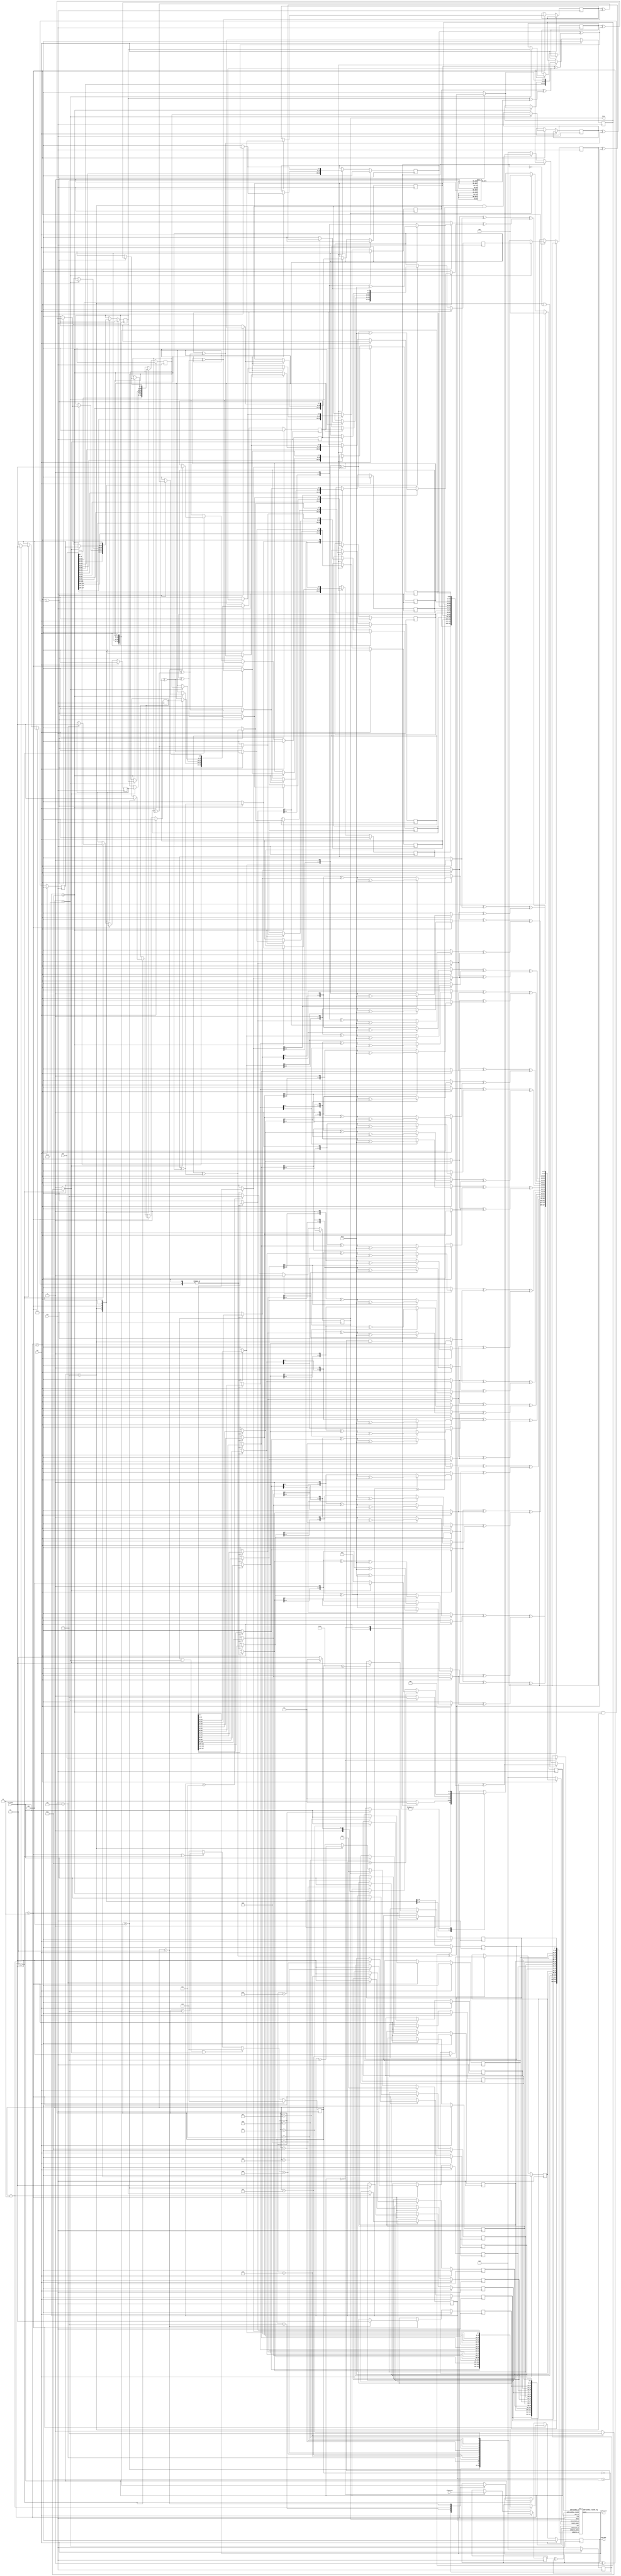
module aes_v2(
  input           clk,
  input           rst,
  input  [127:0]  plaintext,
  input  [127:0]  key,
  input  [7:0]    rom_data,
  output [7:0]    rom_addr,
  output [127:0]  ciphertext,
  output          done
);

  // define
  wire [7:0]   w1; 
  wire [7:0]   w2; 
  wire [7:0]   w3; 
  wire [7:0]   w4; 
  wire [7:0]   w5; 
  wire [7:0]   w6; 
  wire [7:0]   w7; 
  wire [7:0]   w8; 
  wire [7:0]   w9; 
  wire [7:0]   w10; 
  wire [7:0]   w11; 
  wire [7:0]   w12; 
  wire [7:0]   w13; 
  wire [7:0]   w14; 
  wire [7:0]   w15;
  wire [7:0]   w16; 
  wire [7:0]   w17; 
  wire [7:0]   w18; 
  wire [7:0]   w19; 
  wire [7:0]   w20; 
  wire [7:0]   w21; 
  wire [7:0]   w22; 
  wire [7:0]   w23; 
  wire [7:0]   w24; 
  wire [7:0]   w25; 
  wire [7:0]   w26; 
  wire [7:0]   w27; 
  wire [7:0]   w28; 
  wire [7:0]   w29; 
  wire [7:0]   w30; 
  wire [7:0]   w31;
  wire [7:0]   w32; 
  wire [7:0]   w33; 
  wire [7:0]   w34; 
  wire [7:0]   w35; 
  wire [7:0]   w36; 
  wire [7:0]   w37; 
  wire [7:0]   w38; 
  wire [7:0]   w39; 
  wire [7:0]   w40; 
  wire [7:0]   w41; 
  wire [7:0]   w42; 
  wire [7:0]   w43; 
  wire [7:0]   w44; 
  wire [7:0]   w45; 
  wire [7:0]   w46; 
  wire [7:0]   w47;
  wire [7:0]   w48; 
  wire [7:0]   w49; 
  wire [7:0]   w50; 
  wire [7:0]   w51; 
  wire [7:0]   w52; 
  wire [7:0]   w53; 
  wire [7:0]   w54; 
  wire [7:0]   w55; 
  wire [7:0]   w56; 
  wire [7:0]   w57; 
  wire [7:0]   w58; 
  wire [7:0]   w59; 
  wire [7:0]   w60; 
  wire [7:0]   w61; 
  wire [7:0]   w62; 
  wire [7:0]   w63;
  wire [7:0]   w64;
  reg  [7:0]   pixel1; 
  reg  [7:0]   pixel2; 
  reg  [7:0]   pixel3; 
  reg  [7:0]   pixel4; 
  reg  [7:0]   pixel5; 
  reg  [7:0]   pixel6; 
  reg  [7:0]   pixel7; 
  reg  [7:0]   pixel8; 
  reg  [7:0]   pixel9; 
  reg  [7:0]   pixel10; 
  reg  [7:0]   pixel11; 
  reg  [7:0]   pixel12; 
  reg  [7:0]   pixel13; 
  reg  [7:0]   pixel14; 
  reg  [7:0]   pixel15; 
  reg  [7:0]   pixel16;
  reg  [7:0]   pixel1_reg; 
  reg  [7:0]   pixel2_reg; 
  reg  [7:0]   pixel3_reg; 
  reg  [7:0]   pixel4_reg; 
  reg  [7:0]   pixel5_reg; 
  reg  [7:0]   pixel6_reg; 
  reg  [7:0]   pixel7_reg; 
  reg  [7:0]   pixel8_reg; 
  reg  [7:0]   pixel9_reg; 
  reg  [7:0]   pixel10_reg; 
  reg  [7:0]   pixel11_reg; 
  reg  [7:0]   pixel12_reg; 
  reg  [7:0]   pixel13_reg; 
  reg  [7:0]   pixel14_reg; 
  reg  [7:0]   pixel15_reg; 
  reg  [7:0]   pixel16_reg;
  reg  [7:0]   key_pixel1; 
  reg  [7:0]   key_pixel2; 
  reg  [7:0]   key_pixel3; 
  reg  [7:0]   key_pixel4; 
  reg  [7:0]   key_pixel5; 
  reg  [7:0]   key_pixel6; 
  reg  [7:0]   key_pixel7; 
  reg  [7:0]   key_pixel8; 
  reg  [7:0]   key_pixel9; 
  reg  [7:0]   key_pixel10; 
  reg  [7:0]   key_pixel11; 
  reg  [7:0]   key_pixel12; 
  reg  [7:0]   key_pixel13; 
  reg  [7:0]   key_pixel14; 
  reg  [7:0]   key_pixel15; 
  reg  [7:0]   key_pixel16;
  reg  [7:0]   key_pixel13_xor_constant;
  reg  [7:0]   next_key_pixel1;
  reg  [7:0]   next_key_pixel2;
  reg  [7:0]   next_key_pixel3;
  reg  [7:0]   next_key_pixel4;
  reg  [7:0]   next_key_pixel5;
  reg  [7:0]   next_key_pixel6;
  reg  [7:0]   next_key_pixel7;
  reg  [7:0]   next_key_pixel8;
  reg  [7:0]   next_key_pixel9;
  reg  [7:0]   next_key_pixel10;
  reg  [7:0]   next_key_pixel11;
  reg  [7:0]   next_key_pixel12;
  reg  [7:0]   next_key_pixel13;
  reg  [7:0]   next_key_pixel14;
  reg  [7:0]   next_key_pixel15;
  reg  [7:0]   next_key_pixel16;
  reg  [7:0]   mix_pixel1; 
  reg  [7:0]   mix_pixel2; 
  reg  [7:0]   mix_pixel3; 
  reg  [7:0]   mix_pixel4; 
  reg  [7:0]   mix_pixel5; 
  reg  [7:0]   mix_pixel6; 
  reg  [7:0]   mix_pixel7; 
  reg  [7:0]   mix_pixel8; 
  reg  [7:0]   mix_pixel9; 
  reg  [7:0]   mix_pixel10; 
  reg  [7:0]   mix_pixel11; 
  reg  [7:0]   mix_pixel12; 
  reg  [7:0]   mix_pixel13; 
  reg  [7:0]   mix_pixel14; 
  reg  [7:0]   mix_pixel15; 
  reg  [7:0]   mix_pixel16;  
  reg  [3:0]   round_count;
  wire [3:0]   round_count_up;
  reg  [4:0]   rom_count;
  wire [4:0]   rom_count_up;
  reg  [127:0] addroundkey_o;
  wire [127:0] addroundkey_round0;
  wire [127:0] addroundkey_round0_o;
  wire [127:0] addroundkey_round0_reg_w;
  wire [127:0] subbytes_o;
  wire [127:0] shiftrows_o;
  reg  [127:0] mixcolumns_o;
  reg  [127:0] plaintext_reg;
  reg  [127:0] key_reg;
  reg  [2:0]   aes_cs;
  reg  [2:0]   aes_ns;
  wire [127:0] state;
  reg  [7:0]   constant;
  reg          done_reg;
  reg  [7:0]   rom_addr_reg;
  reg  [7:0]   key_pixel13_reg;
  reg  [7:0]   key_pixel14_reg;
  reg  [7:0]   key_pixel15_reg;
  reg  [7:0]   key_pixel16_reg;
  reg  [7:0]   key_pixel13_before_rot;
  reg  [7:0]   key_pixel14_before_rot;
  reg  [7:0]   key_pixel15_before_rot;
  reg  [7:0]   key_pixel16_before_rot;
  wire         subbytes_done;
  wire         subword_done;
  wire         round_lt_ten;
  wire         round_gt_or_et_ten;
  wire         final_round;
  //

  // aes state
  parameter INITIAL     = 3'd0;
  parameter ADDROUNDKEY = 3'd1;
  parameter SUBBYTES    = 3'd2; // ROTWORD
  parameter SHIFTROWS   = 3'd3; // SUBWORD 
  parameter MIXCOLUMNS  = 3'd4; // RCON
  //

  // logic
  assign addroundkey_round0 = plaintext_reg^key_reg;
  assign done = done_reg;
  assign rom_addr = rom_addr_reg;
  assign ciphertext = state;
  assign round_count_up = round_count+4'd1;
  assign round_lt_ten = (round_count<4'd10);
  assign round_gt_or_et_ten = (round_count>=4'd10);
  assign final_round = (round_count==4'd10&&aes_cs==ADDROUNDKEY);
  assign rom_count_up = rom_count+5'd1;
  assign subbytes_done = (rom_count==5'd18);
  assign subword_done = (aes_cs==SHIFTROWS)?((rom_count==5'd6)?1'b1:1'b0):1'b0;
  assign subbytes_o = {pixel1_reg,pixel2_reg,pixel3_reg,pixel4_reg,pixel5_reg,pixel6_reg,pixel7_reg,pixel8_reg,pixel9_reg,pixel10_reg,pixel11_reg,pixel12_reg,pixel13_reg,pixel14_reg,pixel15_reg,pixel16_reg};
  assign shiftrows_o = {pixel1_reg,pixel6_reg,pixel11_reg,pixel16_reg,pixel5_reg,pixel10_reg,pixel15_reg,pixel4_reg,pixel9_reg,pixel14_reg,pixel3_reg,pixel8_reg,pixel13_reg,pixel2_reg,pixel7_reg,pixel12_reg};
  //


  // aes state transition
  always @(posedge clk) begin
    if (rst) begin
      aes_cs <= INITIAL;
    end else if (done) begin
      aes_cs <= INITIAL;
    end else aes_cs <= aes_ns;
  end

  always @(*) begin
    aes_ns = aes_cs;
      case (aes_cs)
        INITIAL:
          begin
            aes_ns = ADDROUNDKEY;
          end
        ADDROUNDKEY: 
          begin
            if (final_round) begin
              aes_ns = ADDROUNDKEY;
            end else aes_ns = SUBBYTES;
          end
        SUBBYTES: // ROTWORD
          begin
            if (subbytes_done) begin
              aes_ns = SHIFTROWS;
            end else aes_ns = SUBBYTES;
          end
        SHIFTROWS: // SUBWORD
          begin
            if (round_lt_ten) begin
              if (subword_done) begin
                aes_ns = MIXCOLUMNS;
              end else aes_ns = SHIFTROWS;
            end else if (round_gt_or_et_ten) begin
              if (subword_done) begin
                aes_ns = ADDROUNDKEY;
              end else aes_ns = SHIFTROWS;
            end
          end
        MIXCOLUMNS: // RCON
          begin
            aes_ns = ADDROUNDKEY;
          end
      endcase
  end
  //

  // initial value
  always @(negedge clk) begin
    if (rst) begin
      plaintext_reg <= 0;
      key_reg <= 0;
    end else if (aes_cs==INITIAL) begin
      plaintext_reg <= plaintext;
      key_reg <= key;
    end
  end
  //

  // buffer
  genvar i;
  generate for (i=0 ; i<128 ; i=i+1) begin :buffer
    buf buf0(addroundkey_round0_o[i], addroundkey_round0[i]);
  end
  endgenerate
  //

  // keyexpansion
  always @(posedge clk) begin
    if (rst) begin
      key_pixel1  <= 0;
      key_pixel2  <= 0;
      key_pixel3  <= 0;
      key_pixel4  <= 0;
      key_pixel5  <= 0;
      key_pixel6  <= 0;
      key_pixel7  <= 0;
      key_pixel8  <= 0;
      key_pixel9  <= 0;
      key_pixel10 <= 0;
      key_pixel11 <= 0;
      key_pixel12 <= 0;
      key_pixel13 <= 0;
      key_pixel14 <= 0;
      key_pixel15 <= 0;
      key_pixel16 <= 0;
    end else begin  
        case (aes_cs)
          INITIAL:
            begin
              key_pixel1  <= key[127:120];
              key_pixel2  <= key[119:112];
              key_pixel3  <= key[111:104];
              key_pixel4  <= key[103:96];
              key_pixel5  <= key[95:88];
              key_pixel6  <= key[87:80];
              key_pixel7  <= key[79:72];
              key_pixel8  <= key[71:64];
              key_pixel9  <= key[63:56];
              key_pixel10 <= key[55:48];
              key_pixel11 <= key[47:40];
              key_pixel12 <= key[39:32];
              key_pixel13 <= key[31:24];
              key_pixel14 <= key[23:16];
              key_pixel15 <= key[15:8];
              key_pixel16 <= key[7:0];
            end
          ADDROUNDKEY: 
            begin
              if (round_gt_or_et_ten) begin
                key_pixel1  <= next_key_pixel1;
                key_pixel2  <= next_key_pixel2;
                key_pixel3  <= next_key_pixel3;
                key_pixel4  <= next_key_pixel4;
                key_pixel5  <= next_key_pixel5;
                key_pixel6  <= next_key_pixel6;
                key_pixel7  <= next_key_pixel7;
                key_pixel8  <= next_key_pixel8;
                key_pixel9  <= next_key_pixel9;
                key_pixel10 <= next_key_pixel10;
                key_pixel11 <= next_key_pixel11;
                key_pixel12 <= next_key_pixel12;
                key_pixel13 <= next_key_pixel13;
                key_pixel14 <= next_key_pixel14;
                key_pixel15 <= next_key_pixel15;
                key_pixel16 <= next_key_pixel16;
              end
            end
          SUBBYTES: // ROTWORD
            begin
              if (subbytes_done) begin
                key_pixel13            <= key_pixel14;
                key_pixel14            <= key_pixel15;
                key_pixel15            <= key_pixel16;
                key_pixel16            <= key_pixel13;
                key_pixel13_before_rot <= key_pixel13;
                key_pixel14_before_rot <= key_pixel14;
                key_pixel15_before_rot <= key_pixel15;
                key_pixel16_before_rot <= key_pixel16;
              end
            end
          SHIFTROWS: // SUBWORD
            begin
              if (subword_done) begin
                key_pixel13 <= key_pixel13_reg;
                key_pixel14 <= key_pixel14_reg;
                key_pixel15 <= key_pixel15_reg;
                key_pixel16 <= key_pixel16_reg;
              end
            end
          MIXCOLUMNS: // RCON
            begin
              key_pixel1  <= next_key_pixel1;
              key_pixel2  <= next_key_pixel2;
              key_pixel3  <= next_key_pixel3;
              key_pixel4  <= next_key_pixel4;
              key_pixel5  <= next_key_pixel5;
              key_pixel6  <= next_key_pixel6;
              key_pixel7  <= next_key_pixel7;
              key_pixel8  <= next_key_pixel8;
              key_pixel9  <= next_key_pixel9;
              key_pixel10 <= next_key_pixel10;
              key_pixel11 <= next_key_pixel11;
              key_pixel12 <= next_key_pixel12;
              key_pixel13 <= next_key_pixel13;
              key_pixel14 <= next_key_pixel14;
              key_pixel15 <= next_key_pixel15;
              key_pixel16 <= next_key_pixel16;
            end
        endcase
    end
  end
  

  // rcon
  always @(*) begin
    key_pixel13_xor_constant = 0;
    next_key_pixel1  = 0;
    next_key_pixel2  = 0;
    next_key_pixel3  = 0;
    next_key_pixel4  = 0;
    next_key_pixel5  = 0;
    next_key_pixel6  = 0;
    next_key_pixel7  = 0;
    next_key_pixel8  = 0;
    next_key_pixel9  = 0;
    next_key_pixel10 = 0;
    next_key_pixel11 = 0;
    next_key_pixel12 = 0;
    next_key_pixel13 = 0;
    next_key_pixel14 = 0;
    next_key_pixel15 = 0;
    next_key_pixel16 = 0;
      if (aes_cs==MIXCOLUMNS||(round_gt_or_et_ten&&aes_cs==ADDROUNDKEY)) begin
        key_pixel13_xor_constant = key_pixel13 ^ constant;
        next_key_pixel1          = key_pixel1 ^ key_pixel13_xor_constant;
        next_key_pixel2          = key_pixel2 ^ key_pixel14;
        next_key_pixel3          = key_pixel3 ^ key_pixel15;
        next_key_pixel4          = key_pixel4 ^ key_pixel16;
        next_key_pixel5          = key_pixel5 ^ next_key_pixel1;
        next_key_pixel6          = key_pixel6 ^ next_key_pixel2;
        next_key_pixel7          = key_pixel7 ^ next_key_pixel3;
        next_key_pixel8          = key_pixel8 ^ next_key_pixel4;
        next_key_pixel9          = key_pixel9 ^ next_key_pixel5;
        next_key_pixel10         = key_pixel10 ^ next_key_pixel6;
        next_key_pixel11         = key_pixel11 ^ next_key_pixel7;
        next_key_pixel12         = key_pixel12 ^ next_key_pixel8;
        next_key_pixel13         = key_pixel13_before_rot ^ next_key_pixel9;
        next_key_pixel14         = key_pixel14_before_rot ^ next_key_pixel10;
        next_key_pixel15         = key_pixel15_before_rot ^ next_key_pixel11;
        next_key_pixel16         = key_pixel16_before_rot ^ next_key_pixel12;
      end
  end
  //
  

  // round counter
  always @(posedge clk) begin
    if (rst) begin
      round_count <= 4'd0;
    end else if (done) begin
      round_count <= 4'd0;
    end else if (aes_cs==ADDROUNDKEY) begin
      round_count <= round_count_up;
    end
  end
  //

  // rom counter
  always @(posedge clk) begin
    if (rst) begin
      rom_count <= 5'd0;
    end else if (done||subbytes_done||subword_done) begin
      rom_count <= 5'd0;
    end else if (aes_cs==SUBBYTES||aes_cs==SHIFTROWS) begin
      rom_count <= rom_count_up;
    end else rom_count <= 5'd0;
  end
  

  // addroundkey
  always @(*) begin
    addroundkey_o = 128'd0;
    if (aes_cs==ADDROUNDKEY&&(!final_round)) begin
      addroundkey_o = state^{key_pixel1,key_pixel2,key_pixel3,key_pixel4,key_pixel5,key_pixel6,key_pixel7,key_pixel8,key_pixel9,key_pixel10,key_pixel11,key_pixel12,key_pixel13,key_pixel14,key_pixel15,key_pixel16};
    end else if (final_round) begin
      addroundkey_o = state^128'd0;
    end else if (aes_cs==ADDROUNDKEY&&round_count==4'd11) begin
      addroundkey_o = state^{key_pixel1,key_pixel2,key_pixel3,key_pixel4,key_pixel5,key_pixel6,key_pixel7,key_pixel8,key_pixel9,key_pixel10,key_pixel11,key_pixel12,key_pixel13,key_pixel14,key_pixel15,key_pixel16};
    end
  end
  //

  // sbox
  always @(posedge clk) begin
    if (rst) begin
      rom_addr_reg <= 8'd0;
      pixel1_reg   <= 8'd0;
      pixel2_reg   <= 8'd0;
      pixel3_reg   <= 8'd0;
      pixel4_reg   <= 8'd0;
      pixel5_reg   <= 8'd0;
      pixel6_reg   <= 8'd0;
      pixel7_reg   <= 8'd0;
      pixel8_reg   <= 8'd0;
      pixel9_reg   <= 8'd0;
      pixel10_reg  <= 8'd0;
      pixel11_reg  <= 8'd0;
      pixel12_reg  <= 8'd0;
      pixel13_reg  <= 8'd0;
      pixel14_reg  <= 8'd0;
      pixel15_reg  <= 8'd0;
      pixel16_reg  <= 8'd0;
      key_pixel13_reg <= 8'd0;
      key_pixel14_reg <= 8'd0;
      key_pixel15_reg <= 8'd0;
      key_pixel16_reg <= 8'd0;
    end else if (aes_cs==SUBBYTES) begin
      case (rom_count)
        5'd0: 
          begin
            rom_addr_reg <= pixel1;
          end
        5'd1: 
          begin
            rom_addr_reg <= pixel2;
          end
        5'd2: 
          begin
            pixel1_reg <= rom_data;
            rom_addr_reg <= pixel3;
          end
        5'd3: 
          begin
            pixel2_reg <= rom_data;
            rom_addr_reg <= pixel4;
          end
        5'd4: 
          begin
            pixel3_reg <= rom_data;
            rom_addr_reg <= pixel5;
          end
        5'd5: 
          begin
            pixel4_reg <= rom_data;
            rom_addr_reg <= pixel6;
          end
        5'd6: 
          begin
            pixel5_reg <= rom_data;
            rom_addr_reg <= pixel7;
          end
        5'd7: 
          begin
            pixel6_reg <= rom_data;
            rom_addr_reg <= pixel8;
          end
        5'd8: 
          begin
            pixel7_reg <= rom_data;
            rom_addr_reg <= pixel9;
          end
        5'd9: 
          begin
            pixel8_reg <= rom_data;
            rom_addr_reg <= pixel10;
          end
        5'd10: 
          begin
            pixel9_reg <= rom_data;
            rom_addr_reg <= pixel11;
          end
        5'd11: 
          begin
            pixel10_reg <= rom_data;
            rom_addr_reg <= pixel12;
          end
        5'd12: 
          begin
            pixel11_reg <= rom_data;
            rom_addr_reg <= pixel13;
          end
        5'd13: 
          begin
            pixel12_reg <= rom_data;
            rom_addr_reg <= pixel14;
          end
        5'd14: 
          begin
            pixel13_reg <= rom_data;
            rom_addr_reg <= pixel15;
          end
        5'd15: 
          begin
            pixel14_reg <= rom_data;
            rom_addr_reg <= pixel16;
          end
        5'd16: 
          begin
            pixel15_reg <= rom_data;
          end
        5'd17: 
          begin
            pixel16_reg <= rom_data;
          end
      endcase
    end else if (aes_cs==SHIFTROWS) begin
      case (rom_count)
        5'd0: 
          begin
            rom_addr_reg <= key_pixel13;
          end
        5'd1: 
          begin
            rom_addr_reg <= key_pixel14;
          end
        5'd2: 
          begin
            key_pixel13_reg <= rom_data;
            rom_addr_reg <= key_pixel15;
          end
        5'd3: 
          begin
            key_pixel14_reg <= rom_data;
            rom_addr_reg <= key_pixel16;
          end
        5'd4: 
          begin
            key_pixel15_reg <= rom_data;
          end
        5'd5: 
          begin
            key_pixel16_reg <= rom_data;
          end
      endcase
    end
  end

  // state pixel
  always @(*) begin
    pixel1  = 0;
    pixel2  = 0;
    pixel3  = 0;
    pixel4  = 0;
    pixel5  = 0;
    pixel6  = 0;
    pixel7  = 0;
    pixel8  = 0;
    pixel9  = 0;
    pixel10 = 0;
    pixel11 = 0;
    pixel12 = 0;
    pixel13 = 0;
    pixel14 = 0;
    pixel15 = 0;
    pixel16 = 0;
      case (aes_cs)
        INITIAL: // 0
          begin

          end
        ADDROUNDKEY: // 1
          begin
            
          end
        SUBBYTES: // 2
          begin
            pixel1  = state[127:120];
            pixel2  = state[119:112];
            pixel3  = state[111:104];
            pixel4  = state[103:96];
            pixel5  = state[95:88];
            pixel6  = state[87:80];
            pixel7  = state[79:72];
            pixel8  = state[71:64];
            pixel9  = state[63:56];
            pixel10 = state[55:48];
            pixel11 = state[47:40];
            pixel12 = state[39:32];
            pixel13 = state[31:24];
            pixel14 = state[23:16];
            pixel15 = state[15:8];
            pixel16 = state[7:0];
          end
        SHIFTROWS: // 3
          begin

          end
        MIXCOLUMNS: // 4
          begin
            pixel1  = state[127:120];
            pixel2  = state[119:112];
            pixel3  = state[111:104];
            pixel4  = state[103:96];
            pixel5  = state[95:88];
            pixel6  = state[87:80];
            pixel7  = state[79:72];
            pixel8  = state[71:64];
            pixel9  = state[63:56];
            pixel10 = state[55:48];
            pixel11 = state[47:40];
            pixel12 = state[39:32];
            pixel13 = state[31:24];
            pixel14 = state[23:16];
            pixel15 = state[15:8];
            pixel16 = state[7:0];
          end
      endcase
  end
  //

  // constant
  always @(*) begin
    constant=8'h0;
      case (round_count)
        4'd1:constant=8'h01;
        4'd2:constant=8'h02;
        4'd3:constant=8'h04;
        4'd4:constant=8'h08;
        4'd5:constant=8'h10;
        4'd6:constant=8'h20;
        4'd7:constant=8'h40;
        4'd8:constant=8'h80;
        4'd9:constant=8'h1b;
        4'd10:constant=8'h36;
      endcase
  end
  //

  // mixcolumns logic
  assign w1 = (aes_cs==MIXCOLUMNS) ? ((pixel1[7]==1)?(pixel1<<1)^8'b0001_1011:pixel1<<1) : 8'd0;
  assign w2 = (aes_cs==MIXCOLUMNS) ? ((pixel2[7]==1)?((pixel2<<1)^pixel2)^8'b0001_1011:(pixel2<<1)^pixel2) : 8'd0;
  assign w3 = (aes_cs==MIXCOLUMNS) ? pixel3 :8'd0;
  assign w4 = (aes_cs==MIXCOLUMNS) ? pixel4 :8'd0;

  assign w5 = (aes_cs==MIXCOLUMNS) ? pixel1 :8'd0;
  assign w6 = (aes_cs==MIXCOLUMNS) ? ((pixel2[7]==1)?(pixel2<<1)^8'b0001_1011:pixel2<<1) : 8'd0;
  assign w7 = (aes_cs==MIXCOLUMNS) ? ((pixel3[7]==1)?((pixel3<<1)^pixel3)^8'b0001_1011:(pixel3<<1)^pixel3) : 8'd0;
  assign w8 = (aes_cs==MIXCOLUMNS) ? pixel4 :8'd0;

  assign w9  = (aes_cs==MIXCOLUMNS) ? pixel1 :8'd0;
  assign w10 = (aes_cs==MIXCOLUMNS) ? pixel2 :8'd0;
  assign w11 = (aes_cs==MIXCOLUMNS) ? ((pixel3[7]==1)?(pixel3<<1)^8'b0001_1011:pixel3<<1) : 8'd0;
  assign w12 = (aes_cs==MIXCOLUMNS) ? ((pixel4[7]==1)?((pixel4<<1)^pixel4)^8'b0001_1011:(pixel4<<1)^pixel4) : 8'd0;

  assign w13 = (aes_cs==MIXCOLUMNS) ? ((pixel1[7]==1)?((pixel1<<1)^pixel1)^8'b0001_1011:(pixel1<<1)^pixel1) : 8'd0;
  assign w14 = (aes_cs==MIXCOLUMNS) ? pixel2 :8'd0;
  assign w15 = (aes_cs==MIXCOLUMNS) ? pixel3 :8'd0;
  assign w16 = (aes_cs==MIXCOLUMNS) ? ((pixel4[7]==1)?(pixel4<<1)^8'b0001_1011:pixel4<<1) : 8'd0;

  assign w17 = (aes_cs==MIXCOLUMNS) ? ((pixel5[7]==1)?(pixel5<<1)^8'b0001_1011:pixel5<<1) : 8'd0;
  assign w18 = (aes_cs==MIXCOLUMNS) ? ((pixel6[7]==1)?((pixel6<<1)^pixel6)^8'b0001_1011:(pixel6<<1)^pixel6) : 8'd0;
  assign w19 = (aes_cs==MIXCOLUMNS) ? pixel7 :8'd0;
  assign w20 = (aes_cs==MIXCOLUMNS) ? pixel8 :8'd0;

  assign w21 = (aes_cs==MIXCOLUMNS) ? pixel5 :8'd0;
  assign w22 = (aes_cs==MIXCOLUMNS) ? ((pixel6[7]==1)?(pixel6<<1)^8'b0001_1011:pixel6<<1) : 8'd0;
  assign w23 = (aes_cs==MIXCOLUMNS) ? ((pixel7[7]==1)?((pixel7<<1)^pixel7)^8'b0001_1011:(pixel7<<1)^pixel7) : 8'd0;
  assign w24 = (aes_cs==MIXCOLUMNS) ? pixel8 :8'd0;

  assign w25 = (aes_cs==MIXCOLUMNS) ? pixel5 :8'd0;
  assign w26 = (aes_cs==MIXCOLUMNS) ? pixel6 :8'd0;
  assign w27 = (aes_cs==MIXCOLUMNS) ? ((pixel7[7]==1)?(pixel7<<1)^8'b0001_1011:pixel7<<1) : 8'd0;
  assign w28 = (aes_cs==MIXCOLUMNS) ? ((pixel8[7]==1)?((pixel8<<1)^pixel8)^8'b0001_1011:(pixel8<<1)^pixel8) : 8'd0;

  assign w29 = (aes_cs==MIXCOLUMNS) ? ((pixel5[7]==1)?((pixel5<<1)^pixel5)^8'b0001_1011:(pixel5<<1)^pixel5) : 8'd0;
  assign w30 = (aes_cs==MIXCOLUMNS) ? pixel6:8'd0;
  assign w31 = (aes_cs==MIXCOLUMNS) ? pixel7:8'd0;
  assign w32 = (aes_cs==MIXCOLUMNS) ? ((pixel8[7]==1)?(pixel8<<1)^8'b0001_1011:pixel8<<1) : 8'd0;

  assign w33 = (aes_cs==MIXCOLUMNS) ? ((pixel9[7]==1)?(pixel9<<1)^8'b0001_1011:pixel9<<1) : 8'd0;
  assign w34 = (aes_cs==MIXCOLUMNS) ? ((pixel10[7]==1)?((pixel10<<1)^pixel10)^8'b0001_1011:(pixel10<<1)^pixel10) : 8'd0;
  assign w35 = (aes_cs==MIXCOLUMNS) ? pixel11:8'd0;
  assign w36 = (aes_cs==MIXCOLUMNS) ? pixel12:8'd0;

  assign w37 = (aes_cs==MIXCOLUMNS) ? pixel9:8'd0;
  assign w38 = (aes_cs==MIXCOLUMNS) ? ((pixel10[7]==1)?(pixel10<<1)^8'b0001_1011:pixel10<<1) : 8'd0;
  assign w39 = (aes_cs==MIXCOLUMNS) ? ((pixel11[7]==1)?((pixel11<<1)^pixel11)^8'b0001_1011:(pixel11<<1)^pixel11) : 8'd0;
  assign w40 = (aes_cs==MIXCOLUMNS) ? pixel12:8'd0;

  assign w41 = (aes_cs==MIXCOLUMNS) ? pixel9:8'd0;
  assign w42 = (aes_cs==MIXCOLUMNS) ? pixel10:8'd0;
  assign w43 = (aes_cs==MIXCOLUMNS) ? ((pixel11[7]==1)?(pixel11<<1)^8'b0001_1011:pixel11<<1) : 8'd0;
  assign w44 = (aes_cs==MIXCOLUMNS) ? ((pixel12[7]==1)?((pixel12<<1)^pixel12)^8'b0001_1011:(pixel12<<1)^pixel12) : 8'd0;

  assign w45 = (aes_cs==MIXCOLUMNS) ? ((pixel9[7]==1)?((pixel9<<1)^pixel9)^8'b0001_1011:(pixel9<<1)^pixel9) : 8'd0;
  assign w46 = (aes_cs==MIXCOLUMNS) ? pixel10:8'd0;
  assign w47 = (aes_cs==MIXCOLUMNS) ? pixel11:8'd0;
  assign w48 = (aes_cs==MIXCOLUMNS) ? ((pixel12[7]==1)?(pixel12<<1)^8'b0001_1011:pixel12<<1) : 8'd0;

  assign w49 = (aes_cs==MIXCOLUMNS) ? ((pixel13[7]==1)?(pixel13<<1)^8'b0001_1011:pixel13<<1) : 8'd0;
  assign w50 = (aes_cs==MIXCOLUMNS) ? ((pixel14[7]==1)?((pixel14<<1)^pixel14)^8'b0001_1011:(pixel14<<1)^pixel14) : 8'd0;
  assign w51 = (aes_cs==MIXCOLUMNS) ? pixel15:8'd0;
  assign w52 = (aes_cs==MIXCOLUMNS) ? pixel16:8'd0;

  assign w53 = (aes_cs==MIXCOLUMNS) ? pixel13:8'd0;
  assign w54 = (aes_cs==MIXCOLUMNS) ? ((pixel14[7]==1)?(pixel14<<1)^8'b0001_1011:pixel14<<1) : 8'd0;
  assign w55 = (aes_cs==MIXCOLUMNS) ? ((pixel15[7]==1)?((pixel15<<1)^pixel15)^8'b0001_1011:(pixel15<<1)^pixel15) : 8'd0;
  assign w56 = (aes_cs==MIXCOLUMNS) ? pixel16:8'd0;

  assign w57 = (aes_cs==MIXCOLUMNS) ? pixel13:8'd0;
  assign w58 = (aes_cs==MIXCOLUMNS) ? pixel14:8'd0;
  assign w59 = (aes_cs==MIXCOLUMNS) ? ((pixel15[7]==1)?(pixel15<<1)^8'b0001_1011:pixel15<<1) : 8'd0;
  assign w60 = (aes_cs==MIXCOLUMNS) ? ((pixel16[7]==1)?((pixel16<<1)^pixel16)^8'b0001_1011:(pixel16<<1)^pixel16) : 8'd0;

  assign w61 = (aes_cs==MIXCOLUMNS) ? ((pixel13[7]==1)?((pixel13<<1)^pixel13)^8'b0001_1011:(pixel13<<1)^pixel13) : 8'd0;
  assign w62 = (aes_cs==MIXCOLUMNS) ? pixel14:8'd0;
  assign w63 = (aes_cs==MIXCOLUMNS) ? pixel15:8'd0;
  assign w64 = (aes_cs==MIXCOLUMNS) ? ((pixel16[7]==1)?(pixel16<<1)^8'b0001_1011:pixel16<<1) : 8'd0;

  always @(*) begin
    mix_pixel1   = 0;
    mix_pixel2   = 0;
    mix_pixel3   = 0;
    mix_pixel4   = 0;
    mix_pixel5   = 0;
    mix_pixel6   = 0;
    mix_pixel7   = 0;
    mix_pixel8   = 0;
    mix_pixel9   = 0;
    mix_pixel10  = 0;
    mix_pixel11  = 0;
    mix_pixel12  = 0;
    mix_pixel13  = 0;
    mix_pixel14  = 0;
    mix_pixel15  = 0;
    mix_pixel16  = 0;
    mixcolumns_o = 0;
      if (aes_cs==MIXCOLUMNS) begin
        mix_pixel1  = (w1^w2)^(w3^w4);
        mix_pixel2  = (w5^w6)^(w7^w8);
        mix_pixel3  = (w9^w10)^(w11^w12);
        mix_pixel4  = (w13^w14)^(w15^w16);
        mix_pixel5  = (w17^w18)^(w19^w20);
        mix_pixel6  = (w21^w22)^(w23^w24);
        mix_pixel7  = (w25^w26)^(w27^w28);
        mix_pixel8  = (w29^w30)^(w31^w32);
        mix_pixel9  = (w33^w34)^(w35^w36);
        mix_pixel10 = (w37^w38)^(w39^w40);
        mix_pixel11 = (w41^w42)^(w43^w44);
        mix_pixel12 = (w45^w46)^(w47^w48);
        mix_pixel13 = (w49^w50)^(w51^w52);
        mix_pixel14 = (w53^w54)^(w55^w56);
        mix_pixel15 = (w57^w58)^(w59^w60);
        mix_pixel16 = (w61^w62)^(w63^w64);
        mixcolumns_o = {mix_pixel1,mix_pixel2,mix_pixel3,mix_pixel4,mix_pixel5,mix_pixel6,mix_pixel7,mix_pixel8,mix_pixel9,mix_pixel10,mix_pixel11,mix_pixel12,mix_pixel13,mix_pixel14,mix_pixel15,mix_pixel16};
      end
  end
  //

  // aes_o
  aes_o aes_output (  
    .clk(clk), 
    .rst(rst), 
    .aes_cs(aes_cs), 
    .addroundkey_round0(addroundkey_round0_o), 
    .addroundkey_o(addroundkey_o),
    .subbytes_o(subbytes_o),
    .shiftrows_o(shiftrows_o),
    .mixcolumns_o(mixcolumns_o),
    .round_count(round_count),
    .subbytes_done(subbytes_done),
    .done(done),
    .addroundkey_round0_reg(addroundkey_round0_reg_w),
    .state(state)
  );
  //
  
  // done
  always @(posedge clk) begin
    if (rst) begin
      done_reg <= 1'd0;
    end else if (done) begin
      done_reg <= 1'd0;
    end else if (round_count==4'd12) begin
      done_reg <= 1'd1;
    end
  end
  //

endmodule

module aes_o (
  input              clk,
  input              rst,
  input      [2:0]   aes_cs,
  input      [127:0] addroundkey_round0,
  input      [127:0] addroundkey_o,
  input      [127:0] subbytes_o,
  input      [127:0] shiftrows_o,
  input      [127:0] mixcolumns_o,
  input      [3:0]   round_count,
  input              subbytes_done,
  input              done,
  output reg [127:0] addroundkey_round0_reg,
  output reg [127:0] state
);

  // aes state
  parameter INITIAL     = 3'd0;
  parameter ADDROUNDKEY = 3'd1; // ROTWORD
  parameter SUBBYTES    = 3'd2; // SUBWORD
  parameter SHIFTROWS   = 3'd3; // RCON
  parameter MIXCOLUMNS  = 3'd4;
  //
  
  // fsm output signal
  always @(posedge clk) begin
    if (rst) begin
      state <= 4'd0;
    end else if (done) begin
      state <= 4'd0;
    end else begin
      case (aes_cs)
        INITIAL:
          begin
            addroundkey_round0_reg <= addroundkey_round0;
          end
        ADDROUNDKEY:
          begin
            if (round_count==4'd0) begin
              state <= addroundkey_round0_reg;
            end else state <= addroundkey_o;
          end
        SUBBYTES:
          begin
            if (subbytes_done) begin
              state <= subbytes_o; 
            end
          end
        SHIFTROWS:
          begin
            state <= shiftrows_o;
          end
        MIXCOLUMNS:
          begin   
            state <= mixcolumns_o;
          end 
      endcase
    end
  end
  //

endmodule